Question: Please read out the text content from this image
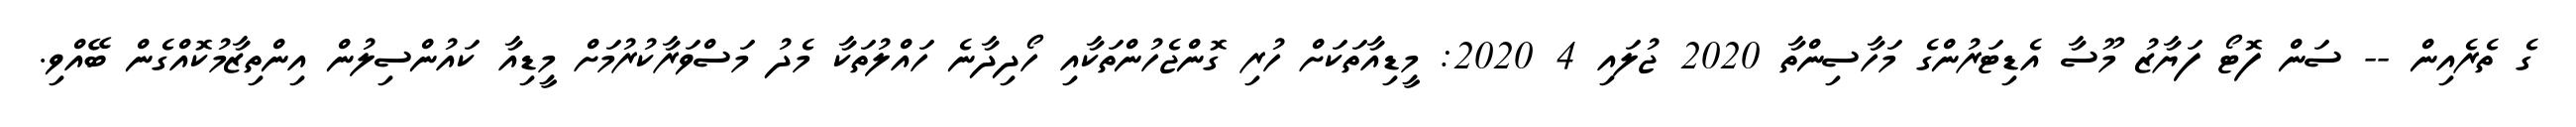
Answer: ގެ ތެރެއިން -- ސަން ފޮޓޯ ފަޔާޒު މޫސާ އެޑިޓަރުންގެ މަހާސިންތާ 2020 ޖުލައި 4 2020: މީޑިއާތަކަށް ހުރި ގޮންޖެހުންތަކާއި ހޯދިދާނެ ހައްލުތަކާ މެދު މަސްވަރާކުރުމަށް މީޑިއާ ކައުންސިލުން އިންތިޒާމުކޮއްގެން ބޭއްވި.